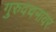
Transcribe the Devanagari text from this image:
गुरुवचनावर